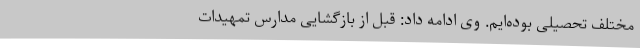
مختلف تحصیلی بوده‌ایم. وی ادامه داد: قبل از بازگشایی مدارس تمهیدات